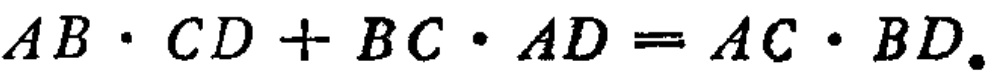
\(AB\cdot CD + BC\cdot AD = AC\cdot BD\)